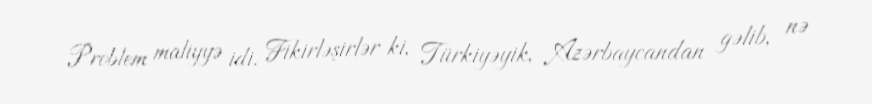
Problem maliyyə idi. Fikirləşirlər ki, Türkiyəyik, Azərbaycandan gəlib, nə